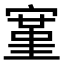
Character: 𫳱